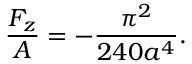
\frac { F _ { z } } { A } = - \frac { \pi ^ { 2 } } { 2 4 0 a ^ { 4 } } .